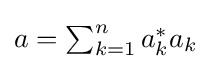
{\textstyle a=\sum _{k=1}^{n}a_{k}^{*}a_{k}}